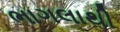
ભાગલાથી